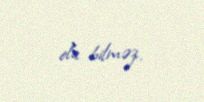
ola bilməz.